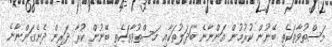
މަސްތުވާތަކެތި ބޭނުން ކުރުމުން އަންނާނެ ބަދަލުތަކާއި މަސްތުވާތަކެތި ބޭނުން ކުރާ ދަރިން ދެނެގަންނާނެ